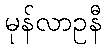
မုန်လာဥနီ